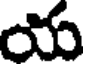
య